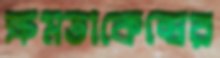
ক্ষমতাকেন্দ্রের